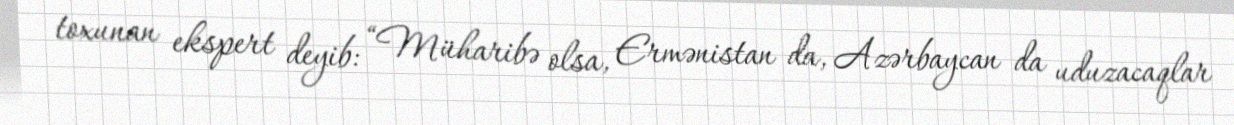
toxunan ekspert deyib: “Müharibə olsa, Ermənistan da, Azərbaycan da uduzacaqlar